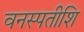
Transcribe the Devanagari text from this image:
वनस्पतीशि